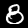
Label: 8